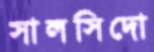
সালসিদো